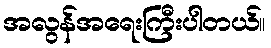
အလွန်အရေးကြီးပါတယ်။